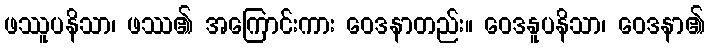
ဖဿူပနိသာ၊ ဖဿ၏ အကြောင်းကား ဝေဒနာတည်း။ ဝေဒနူပနိသာ၊ ဝေဒနာ၏